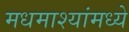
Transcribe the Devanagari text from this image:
मधमाश्यांमध्ये